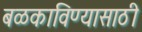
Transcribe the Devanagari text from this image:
बळकाविण्यासाठी